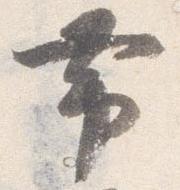
帯